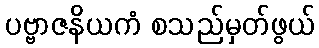
ပဗ္ဗာဇနိယကံ စသည်မှတ်ဖွယ်